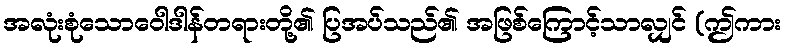
အလုံးစုံသောဝေါဒါန်တရားတို့၏ ပြအပ်သည်၏ အဖြစ်ကြောင့်သာလျှင် (ဤကား